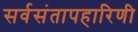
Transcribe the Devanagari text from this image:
सर्वसंतापहारिणी